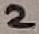
Text: 2